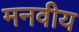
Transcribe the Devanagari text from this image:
मनवीय